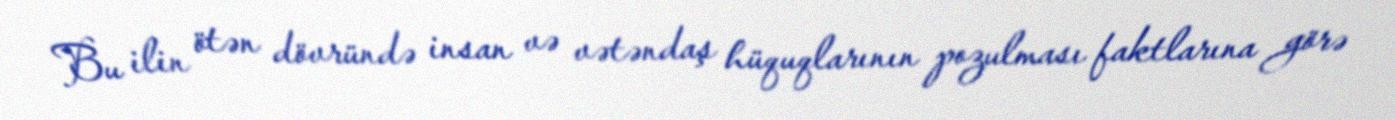
Bu ilin ötən dövründə insan və vətəndaş hüquqlarının pozulması faktlarına görə